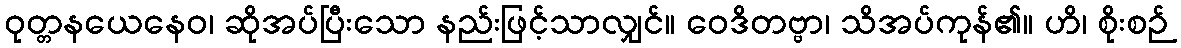
ဝုတ္တနယေနေဝ၊ ဆိုအပ်ပြီးသော နည်းဖြင့်သာလျှင်။ ဝေဒိတဗ္ဗာ၊ သိအပ်ကုန်၏။ ဟိ၊ စိုးစဉ်